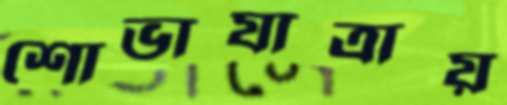
শোভাযাত্রায়